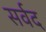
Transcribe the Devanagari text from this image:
सर्वद